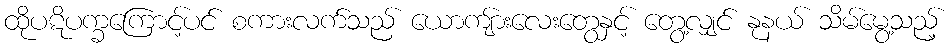
ထိုပဋိပက္ခကြောင့်ပင် စကားလက်သည် ယောကျ်ားလေးတွေနှင့် တွေ့လျှင် နုနယ် သိမ်မွေ့သည့်